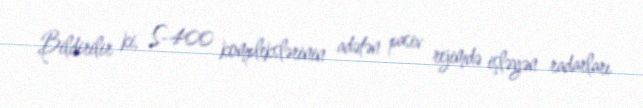
Bildirilir ki, S-400 komplekslərinin adətən pasiv rejimdə işləyən radarları